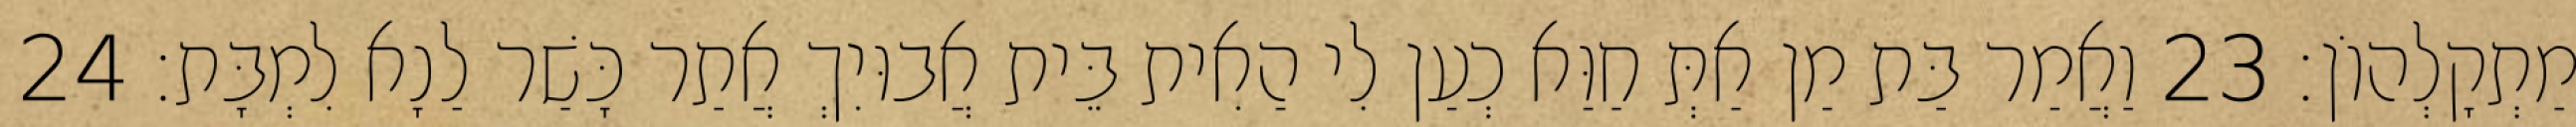
מַתְקָלְהוֹן׃ 23 וַאֲמַר בַּת מַן אַתְּ חַוַּא כְעַן לִי הַאִית בֵּית אֲבוּיִךְ אֲתַר כָּשַׁר לַנָא לִמְבָּת׃ 24